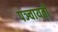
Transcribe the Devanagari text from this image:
पञ्चायती